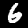
Label: 6